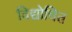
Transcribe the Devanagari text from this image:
विद्योचित्त